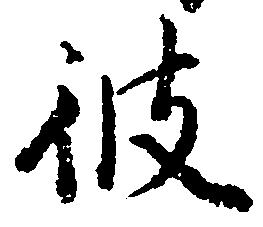
彼